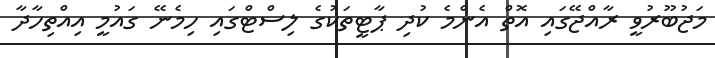
މަޖުބޫރުވީ ރާއްޖޭގައި އޮތް އެންމެ ކުދި ޕާޓީތަކުގެ ލިސްޓްގައި ހިމެނޭ ގައުމީ އިއްތިހާދާ